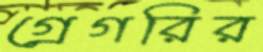
গ্রেগরির